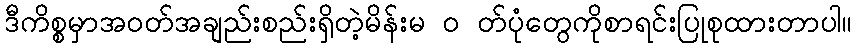
ဒီကိစ္စမှာအဝတ်အချည်းစည်းရှိတဲ့မိန်းမ ၀ တ်ပုံတွေကိုစာရင်းပြုစုထားတာပါ။